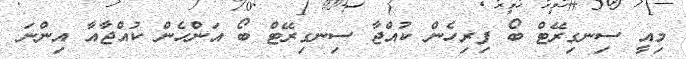
މިއީ ސިނގިރޭޓް ބޯ ފިރިހެން ކުއްޖާ ސިނގިރޭޓް ބޯ އަންހެން ކުއްޖާއާ އިންނަ